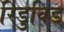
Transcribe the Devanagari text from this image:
रिडुविड